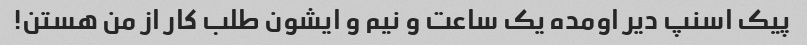
پیک اسنپ دیر اومده یک ساعت و نیم و ایشون طلب کار از من هستن!